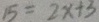
1 5 = 2 x + 3